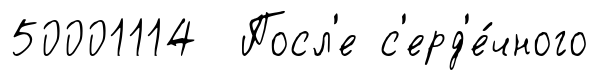
50001114 Посл'е с'ерд'е́чного